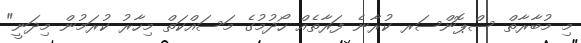
މި މުބާރާތް ސްޕޮންސަރ ކުރާނެ ފަރާތެއް ހޯދުމުގެ މަސައްކަތް މިހާރު ކުރަމުން މިދަނީ"